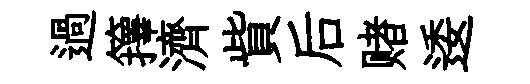
過籜濟貲后赌逶